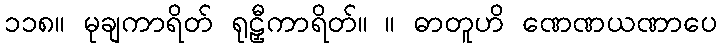
၁၁၈။ မုချကာရိတ် ရုဠှီကာရိတ်။ ။ ဓာတူဟိ ဏေဏယဏာပေ